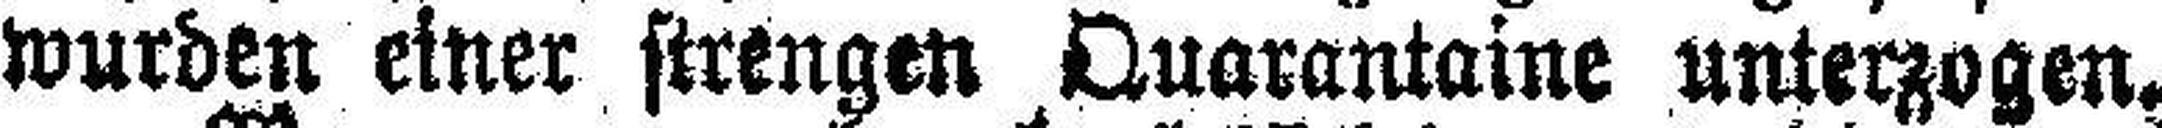
wurden einer strengen Quarantaine unterzogen.